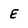
Character: E